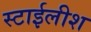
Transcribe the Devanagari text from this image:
स्टाईलीश